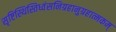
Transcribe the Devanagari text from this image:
सृष्टिस्थिस्तिध्वंसनिग्रहानुग्रहात्मकम्